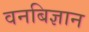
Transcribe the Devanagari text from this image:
वनबिज्ञान